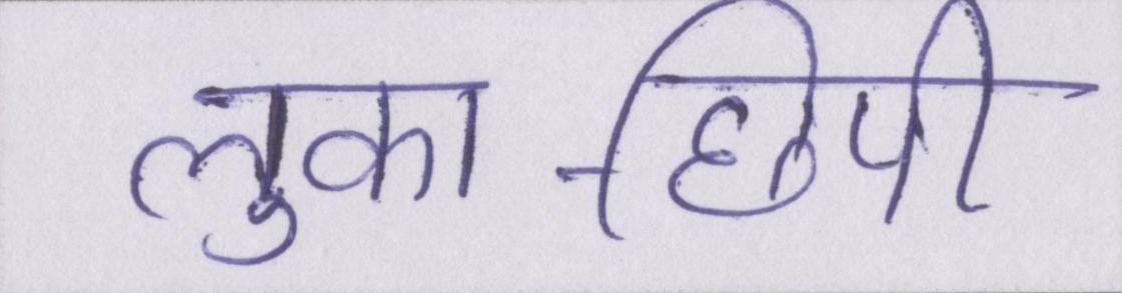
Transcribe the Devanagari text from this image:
लुका-छिपी